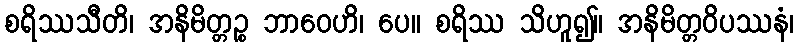
စရိဿသီတိ၊ အနိမိတ္တဉ္စ ဘာဝေဟိ၊ ပေ။ စရိဿ သိဟူ၍။ အနိမိတ္တဝိပဿနံ၊